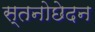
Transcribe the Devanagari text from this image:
स्तनोछेदन